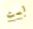
لست